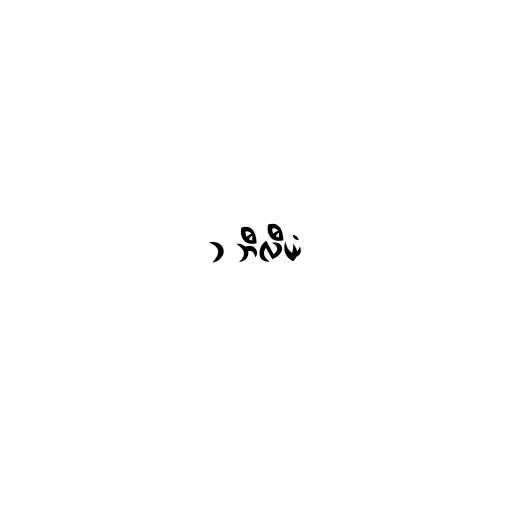
၁ ဘီလီယံ